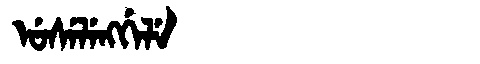
Manchu: ᡠᠰᡝᠯᡝᠩᡤᡝᠯᡝ
Romanization: USELENGGELE